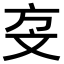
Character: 𣁅